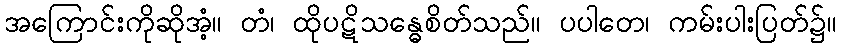
အကြောင်းကိုဆိုအံ့။ တံ၊ ထိုပဋိသန္ဓေစိတ်သည်။ ပပါတေ၊ ကမ်းပါးပြတ်၌။